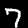
Label: 7